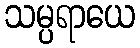
သမ္ပရာယေ